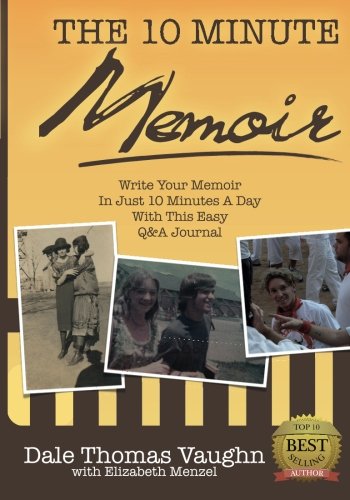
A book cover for The 10-Minute Memoir: Write Your Memoir In Just 10 Minutes A Day With This Easy Q&A Journal (Volume 1); Dale Thomas Vaughn; Health, Fitness & Dieting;